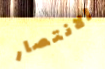
الانتصار